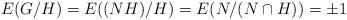
LaTeX: \begin{align*}E(G/H) = E((NH)/H) = E(N/(N \cap H)) = \pm 1 \end{align*}